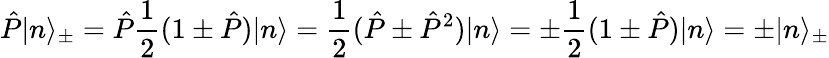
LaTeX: \hat{P}|n\rangle_{\pm}=\hat{P}\frac{1}{2}(1\pm\hat{P})|n\rangle=\frac{1}{2}(\hat{P}\pm\hat{P}^{2})|n\rangle=\pm\frac{1}{2}(1\pm\hat{P})|n\rangle=\pm|n\rangle_{\pm}